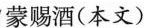
蒙赐酒(本文)